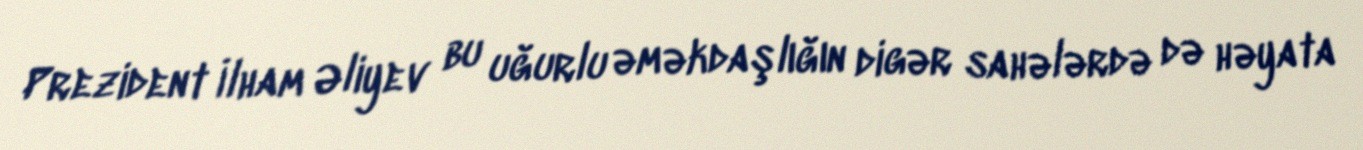
Prezident İlham Əliyev bu uğurlu əməkdaşlığın digər sahələrdə də həyata